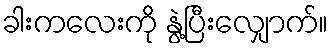
ခါးကလေးကို နွဲ့ပြီးလျှောက်။